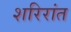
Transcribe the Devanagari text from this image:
शरिरांत